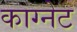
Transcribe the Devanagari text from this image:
काग्नेट